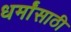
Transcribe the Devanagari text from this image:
धर्मांसाठी